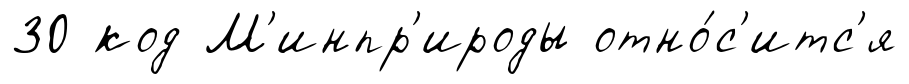
30 код М'инпр'ироды отно́с'итс'я